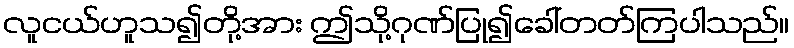
လူငယ်ဟူသ၍တို့အား ဤသို့ဂုဏ်ပြု၍ခေါ်တတ်ကြပါသည်။